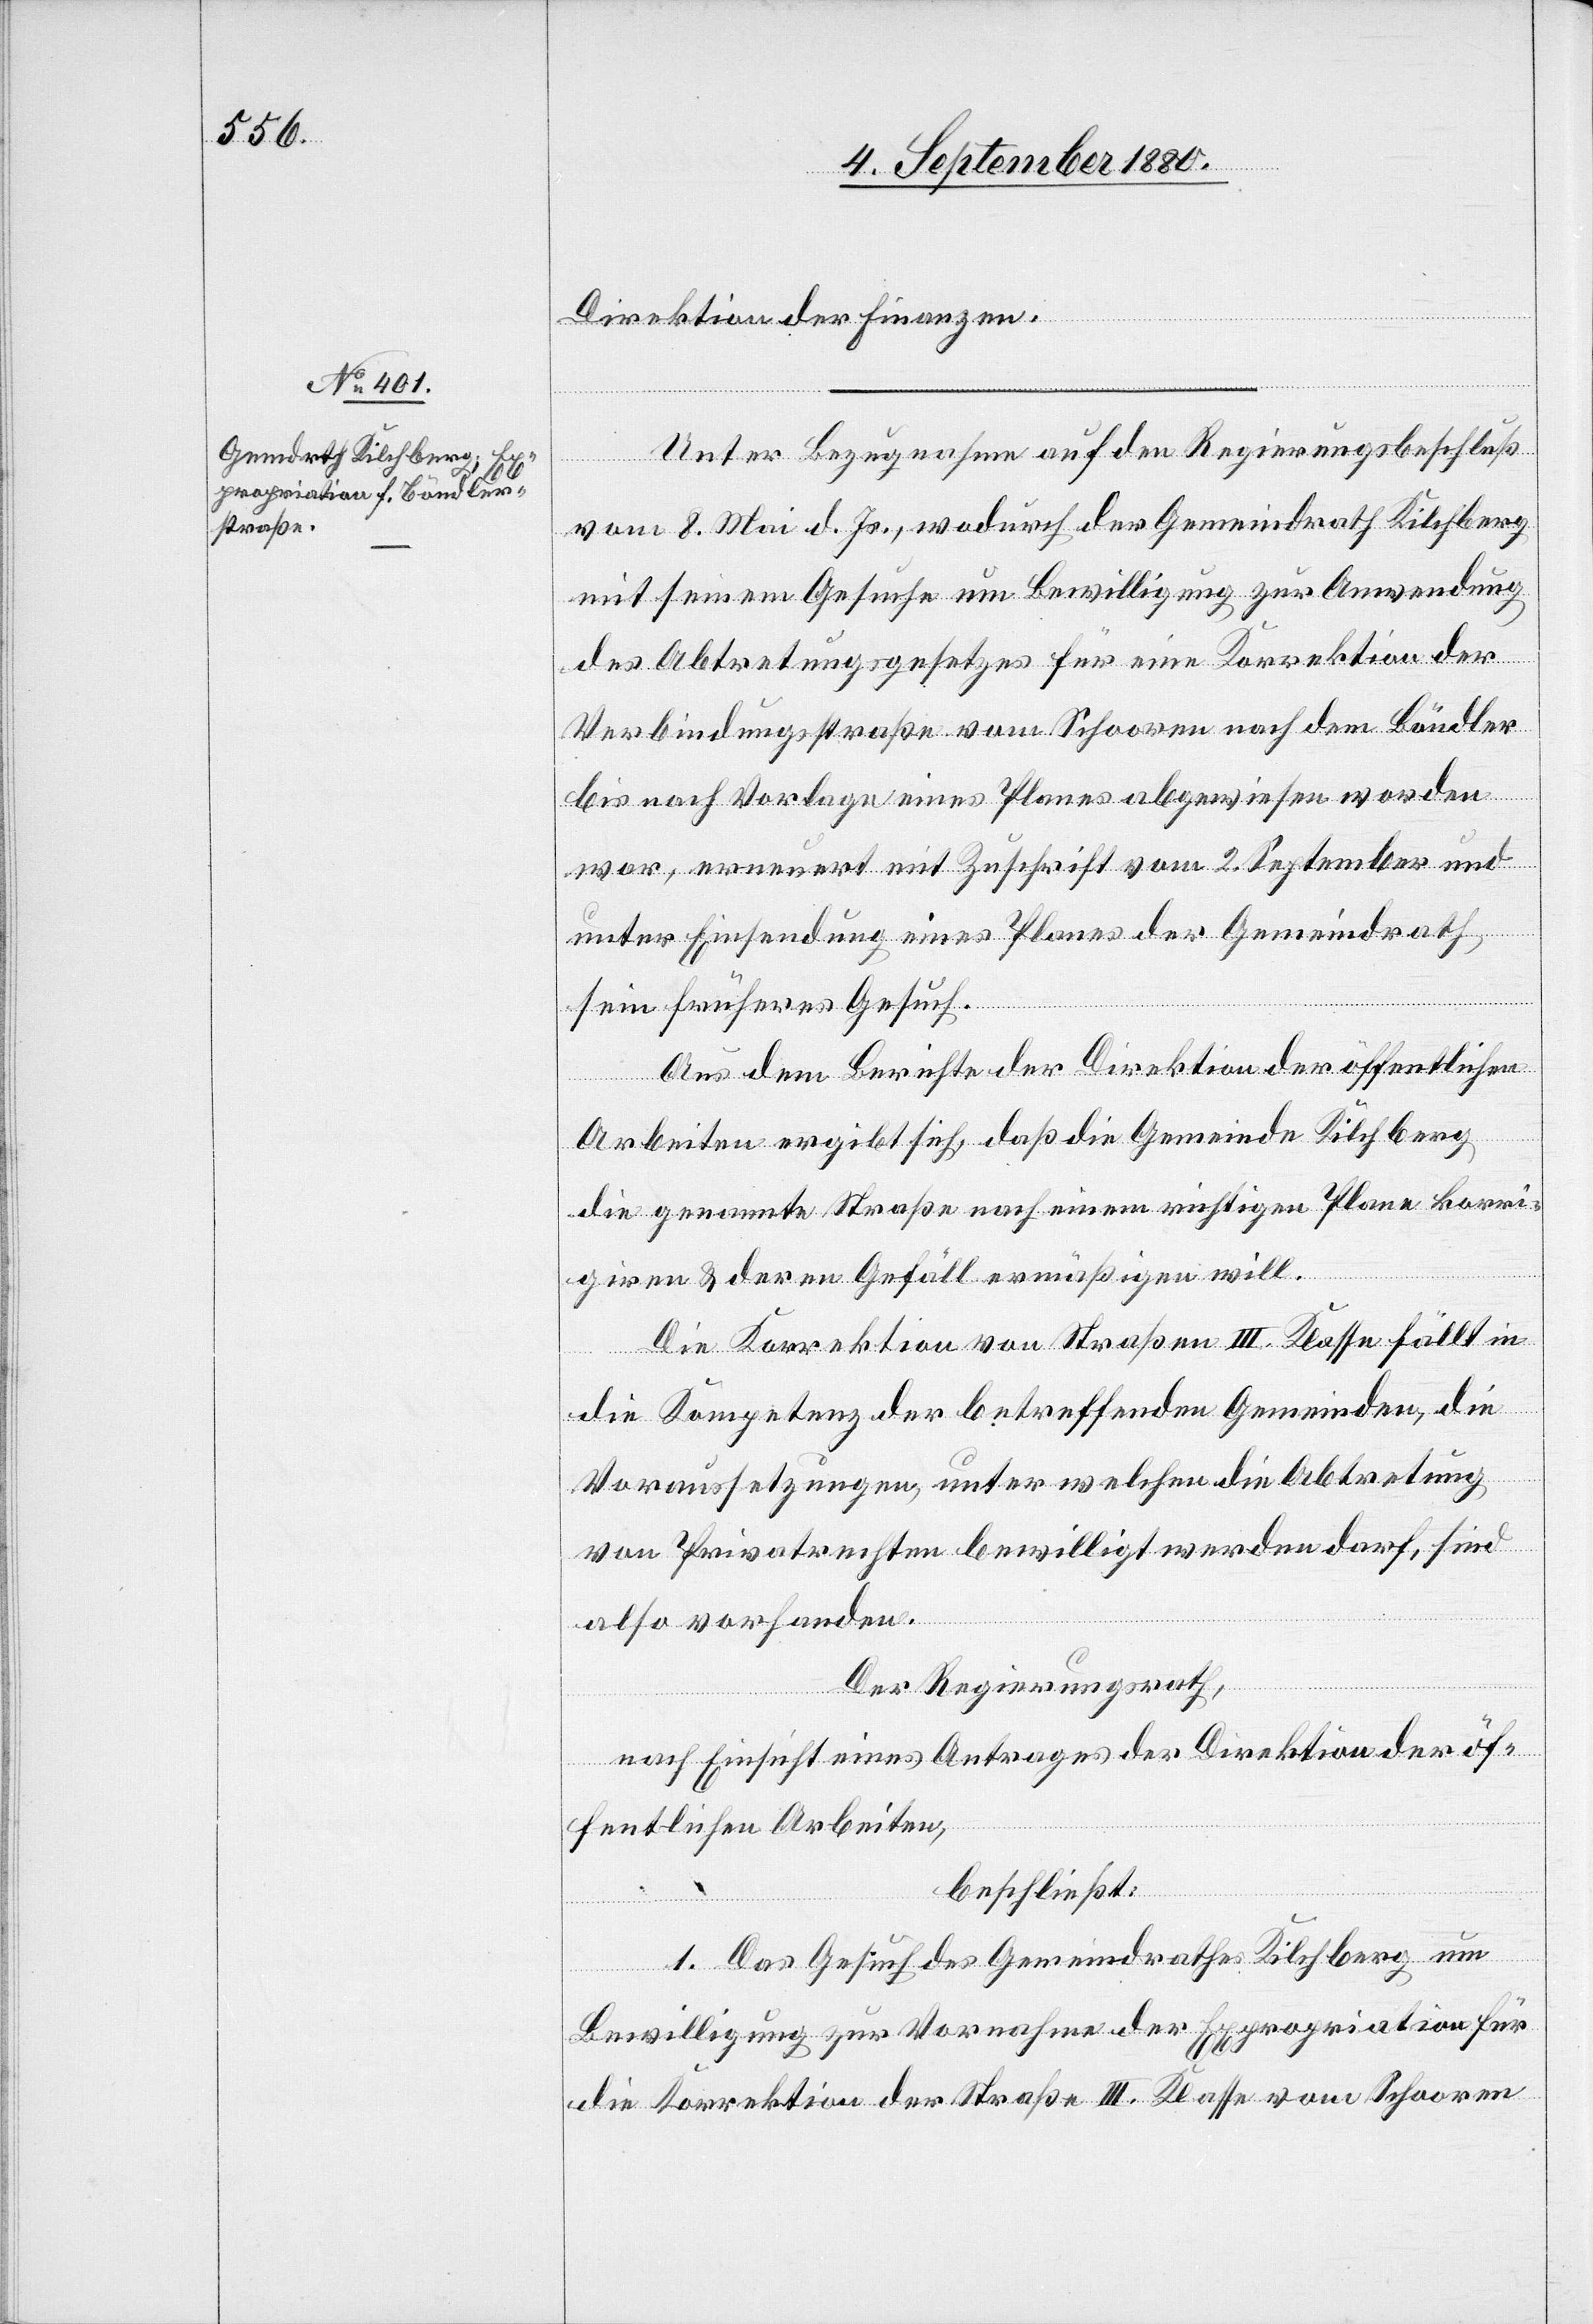
Direktion der Finanzen.
Unter Bezugnahme auf den Regierungsbeschluß
vom 8. Mai d. Js., wodurch der Gemeindrath Kilchberg
mit seinem Gesuche um Bewilligung zur Anwendung
des Abtretungsgesetzes für eine Korrektion der
Verbindungsstraße vom Schooren nach dem Böndler
bis nach Vorlage eines Planes abgewiesen worden
war, erneuert mit Zuschrift vom 2. September und
unter Einsendung eines Planes der Gemeindrath
sein früheres Gesuch.
Aus dem Berichte der Direktion der öffentlichen
Arbeiten ergibt sich, daß die Gemeinde Kilchberg
die genannte Straße nach einem richtigen Plane korri¬
giren & deren Gefäll ermäßigen will.
Die Korrektion von Straßen III. Klasse fällt in
die Kompetenz der betreffenden Gemeinden, die
Voraussetzungen, unter welchen die Abtretung
von Privatrechten bewilligt werden dar, sind
also vorhanden.
Der Regierungsrath,
nach Einsicht eines Antrages der Direktion der öf¬
fentlichen Arbeiten,
beschließt:
1. Das Gesuch des Gemeindrathes Kilchberg um
Bewilligung zur Vornahme der Expropriation für
die Korrektion der Straße III. Klasse von Schooren